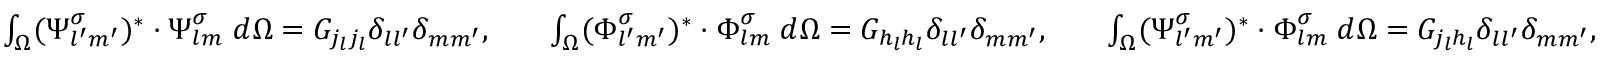
\begin{array} { r l r l r } { \int _ { \Omega } ( { \boldsymbol { \Psi } _ { l ^ { \prime } m ^ { \prime } } ^ { \sigma } } ) ^ { * } \cdot \boldsymbol { \Psi } _ { l m } ^ { \sigma } \; d \Omega = G _ { j _ { l } j _ { l } } \delta _ { l l ^ { \prime } } \delta _ { m m ^ { \prime } } , } & { } & { \int _ { \Omega } ( { \boldsymbol { \Phi } _ { l ^ { \prime } m ^ { \prime } } ^ { \sigma } } ) ^ { * } \cdot { \boldsymbol { \Phi } _ { l m } ^ { \sigma } } \; d \Omega = G _ { h _ { l } h _ { l } } \delta _ { l l ^ { \prime } } \delta _ { m m ^ { \prime } } , } & { } & { \int _ { \Omega } ( { \boldsymbol { \Psi } _ { l ^ { \prime } m ^ { \prime } } ^ { \sigma } } ) ^ { * } \cdot \boldsymbol { \Phi } _ { l m } ^ { \sigma } \; d \Omega = G _ { j _ { l } h _ { l } } \delta _ { l l ^ { \prime } } \delta _ { m m ^ { \prime } } , } \end{array}